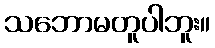
သဘောမတူပါဘူး။